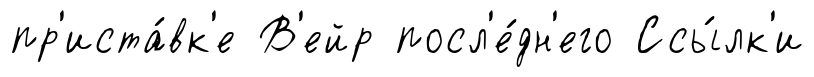
пр'иста́вк'е В'ейр посл'е́дн'его Ссы́лк'и